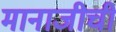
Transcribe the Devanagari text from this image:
मानाजीची